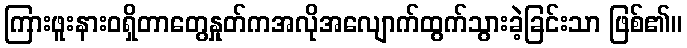
ကြားဖူးနားဝရှိတာတွေနှုတ်ကအလိုအလျောက်ထွက်သွားခဲ့ခြင်းသာ ဖြစ်၏။